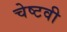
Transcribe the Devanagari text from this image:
चेष्टवी